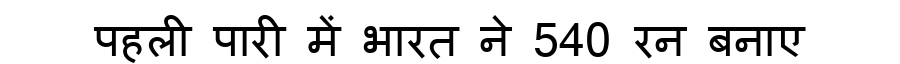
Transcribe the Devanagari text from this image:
पहली पारी में भारत ने 540 रन बनाए